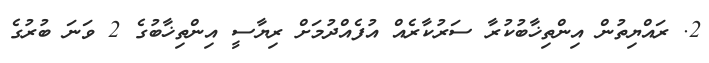
2. ރައްޔިތުން އިންތިޚާބުކުރާ ސަރުކާރެއް އުފެއްދުމަށް ރިޔާސީ އިންތިޚާބުގެ 2 ވަނަ ބުރުގެ